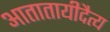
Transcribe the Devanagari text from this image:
आतातायीदैत्य